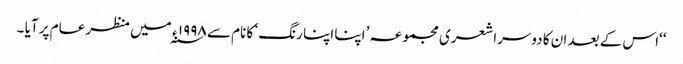
‘‘اس کے بعد ان کا دوسرا شعری مجموعہ ’ اپنا اپنا رنگ ‘ کا نام سے ۱۹۹۸ ء ؁ میں منظر عام پر آیا ۔